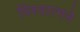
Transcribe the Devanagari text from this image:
विश्वात्मने